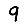
Digit: 9